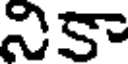
నికా